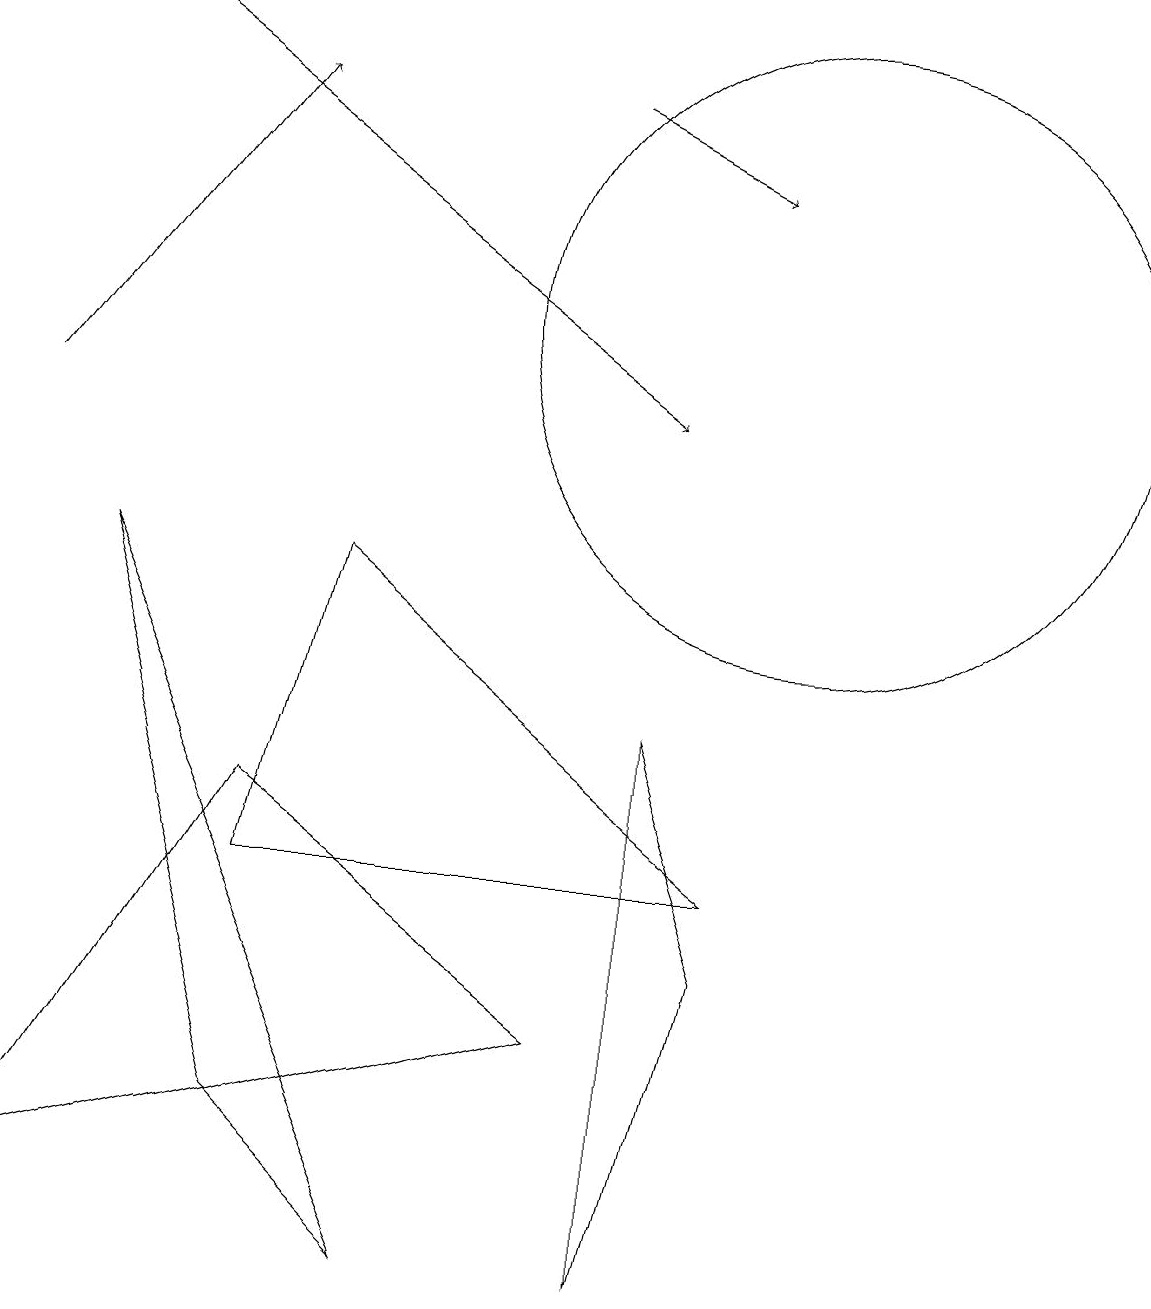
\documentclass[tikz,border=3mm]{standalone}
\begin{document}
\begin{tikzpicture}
\draw[->] (0,11) -- (3,15);
\draw[->] (1,16) -- (8,11);
\draw (3,2) -- (5,0) -- (1,9) -- cycle;
\draw[->] (7,15) -- (9,14);
\draw (0,1) -- (3,6) -- (7,3) -- cycle;
\draw (3,5) -- (9,5) -- (4,9) -- cycle;
\draw (8,7) -- (9,4) -- (8,0) -- cycle;
\draw (10,12) circle (4);
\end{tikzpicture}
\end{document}